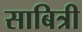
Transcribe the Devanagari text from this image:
साबित्री